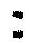
: